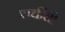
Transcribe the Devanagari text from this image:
चर्चीली